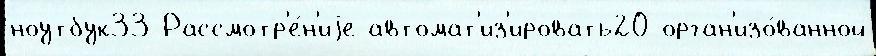
ноутбук33 Рассмотр'е́н'иjе автомат'из'ировать20 орган'изо́ванной